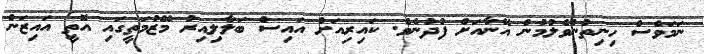
ނަމަވެސް ހިނިތުންވެލުމުން އޭނާއަށް ފުދުނެވެ. ކައިރިއަށް އައިސް ބަލާލިއިރު މޭޒުމަތީގައި އޮތީ އައިޒަން